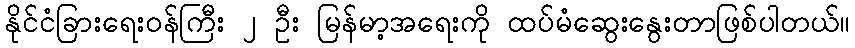
နိုင်ငံခြားရေးဝန်ကြီး ၂ ဦး မြန်မာ့အရေးကို ထပ်မံဆွေးနွေးတာဖြစ်ပါတယ်။